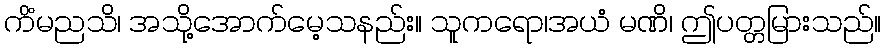
ကိံမညသိ၊ အသို့အောက်မေ့သနည်း။ သူကရော၊အယံ မဏိ၊ ဤပတ္တမြားသည်။